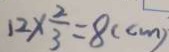
1 2 \times \frac { 2 } { 3 } = 8 ( c m )